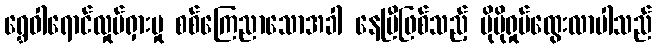
ရွှေဝါရောင်လှုပ်ရှားမှု စစ်ကြေညာသောအခါ နေပြီဖြစ်သည့် ပိုမိုရှုပ်ထွေးလာပါသည်